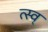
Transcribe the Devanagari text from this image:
त्स्व्